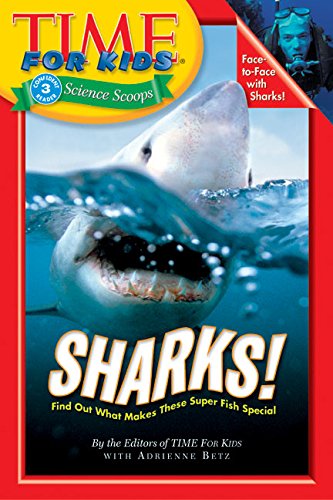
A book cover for Sharks! (Time For Kids); Adrienne Betz; Children's Books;